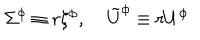
\Sigma ^ { \phi } \equiv r \xi ^ { \phi } , \; \tilde { U } ^ { \phi } \equiv r U ^ { \phi }